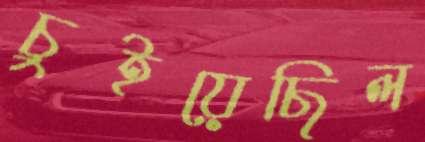
চুইয়েছিল